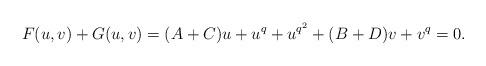
LaTeX: \begin{align*}F(u,v)+G(u,v)=(A+C)u + u^q + u^{q^2} + (B+D)v + v^q=0.\end{align*}